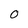
Character: 0